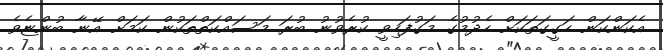
އެކަންކަން ހަގީގަތަކަށް ހެދުމުގެ މަގުފަހިވީ ކުރެވުނު ބުރަ މަސައްކަތްތަކުން ކަމަށް އޭނާ ބުންޏެވެ.